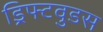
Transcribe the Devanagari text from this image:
ड्रिफ्टवुडस